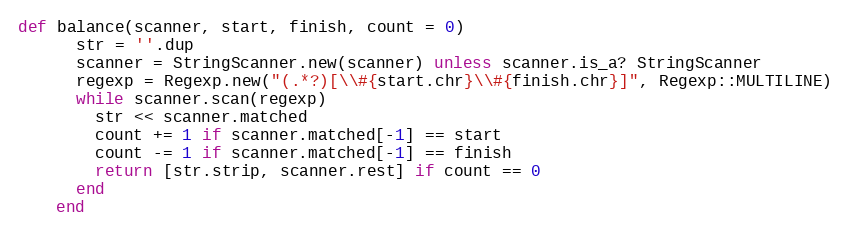
Language: Ruby
def balance(scanner, start, finish, count = 0)
      str = ''.dup
      scanner = StringScanner.new(scanner) unless scanner.is_a? StringScanner
      regexp = Regexp.new("(.*?)[\\#{start.chr}\\#{finish.chr}]", Regexp::MULTILINE)
      while scanner.scan(regexp)
        str << scanner.matched
        count += 1 if scanner.matched[-1] == start
        count -= 1 if scanner.matched[-1] == finish
        return [str.strip, scanner.rest] if count == 0
      end
    end